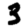
Digit: 3